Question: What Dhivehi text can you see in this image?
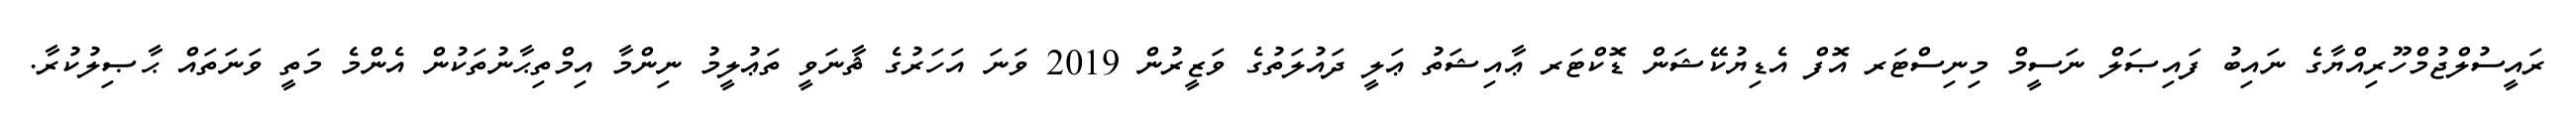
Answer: ރައީސުލްޖުމްހޫރިއްޔާގެ ނައިބު ފައިޞަލް ނަސީމް މިނިސްޓަރ އޮފް އެޑިޔުކޭޝަން ޑޮކްޓަރ ޢާއިޝަތު ޢަލީ ދައުލަތުގެ ވަޒީރުން 2019 ވަނަ އަހަރުގެ ޘާނަވީ ތަޢުލީމު ނިންމާ އިމްތިޙާނުތަކުން އެންމެ މަތީ ވަނަތައް ޙާޞިލުކުރާ.